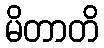
မိတာတိ